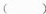
（ ）